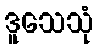
ဒူသေသုံ